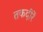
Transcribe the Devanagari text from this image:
तकदीरें